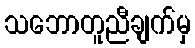
သဘောတူညီချက်မှ